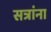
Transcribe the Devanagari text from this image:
सत्रांना